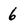
Character: 6